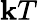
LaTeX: \mathbf{k}T